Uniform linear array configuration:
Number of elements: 16
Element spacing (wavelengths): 0.25
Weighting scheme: blackman
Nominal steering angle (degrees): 0
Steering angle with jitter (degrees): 1.367
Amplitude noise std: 0.05
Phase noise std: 0.05

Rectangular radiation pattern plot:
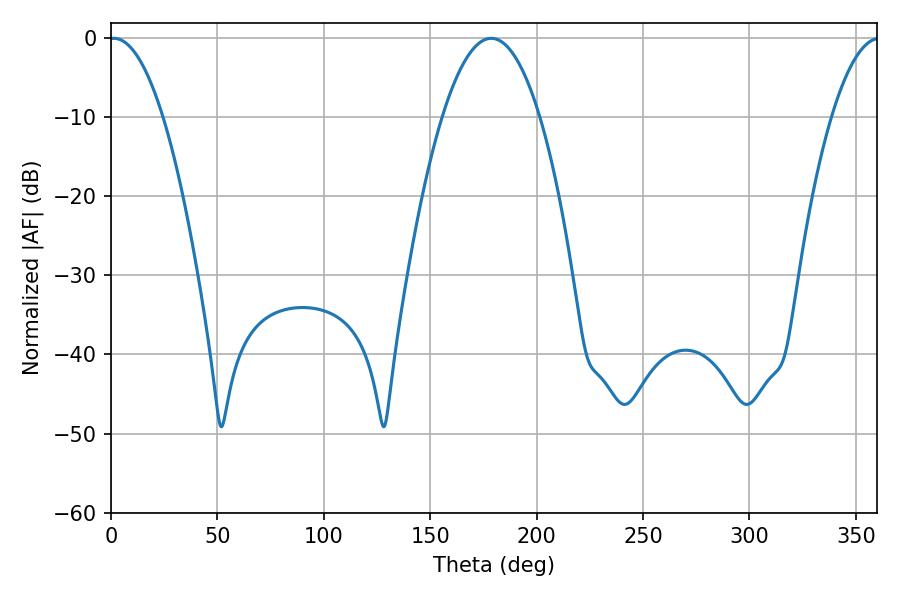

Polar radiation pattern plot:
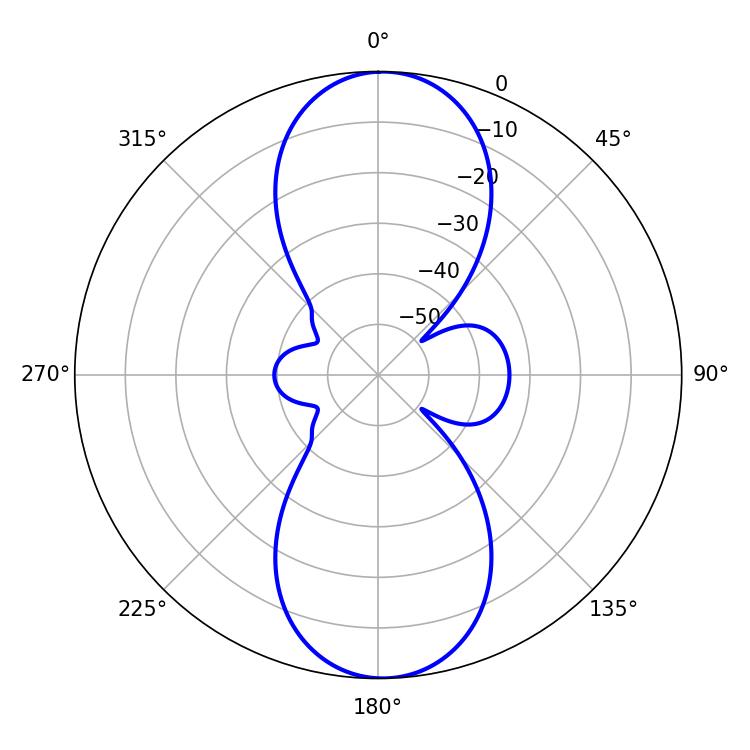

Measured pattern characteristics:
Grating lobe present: FALSE
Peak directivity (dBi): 19.387
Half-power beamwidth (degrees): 14.04
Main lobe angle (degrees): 1.26